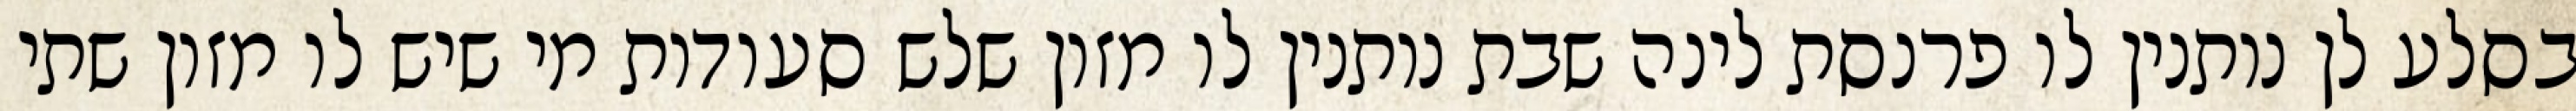
בסלע לן נותנין לו פרנסת לינה שבת נותנין לו מזון שלש סעודות מי שיש לו מזון שתי